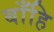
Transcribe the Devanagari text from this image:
बाँहि